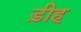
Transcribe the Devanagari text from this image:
ड़ीह